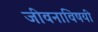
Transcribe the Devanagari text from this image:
जीवनाविषयी